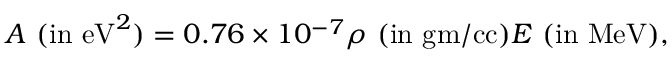
A ~ ( \mathrm { i n ~ e V } ^ { 2 } ) = 0 . 7 6 \times 1 0 ^ { - 7 } \rho ~ ( \mathrm { i n ~ g m / c c } ) E ~ ( \mathrm { i n ~ M e V } ) ,